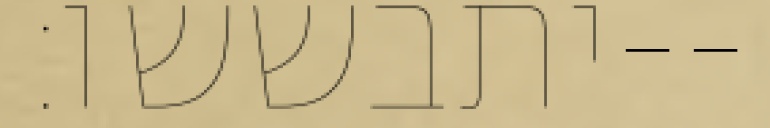
יתבששו׃--